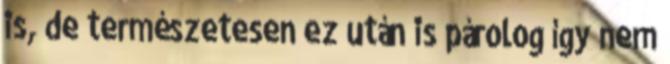
is, de természetesen ez után is párolog így nem